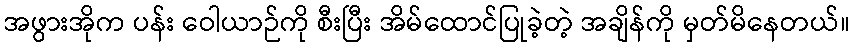
အဖွားအိုက ပန်း ဝေါယာဉ်ကို စီးပြီး အိမ်ထောင်ပြုခဲ့တဲ့ အချိန်ကို မှတ်မိနေတယ်။